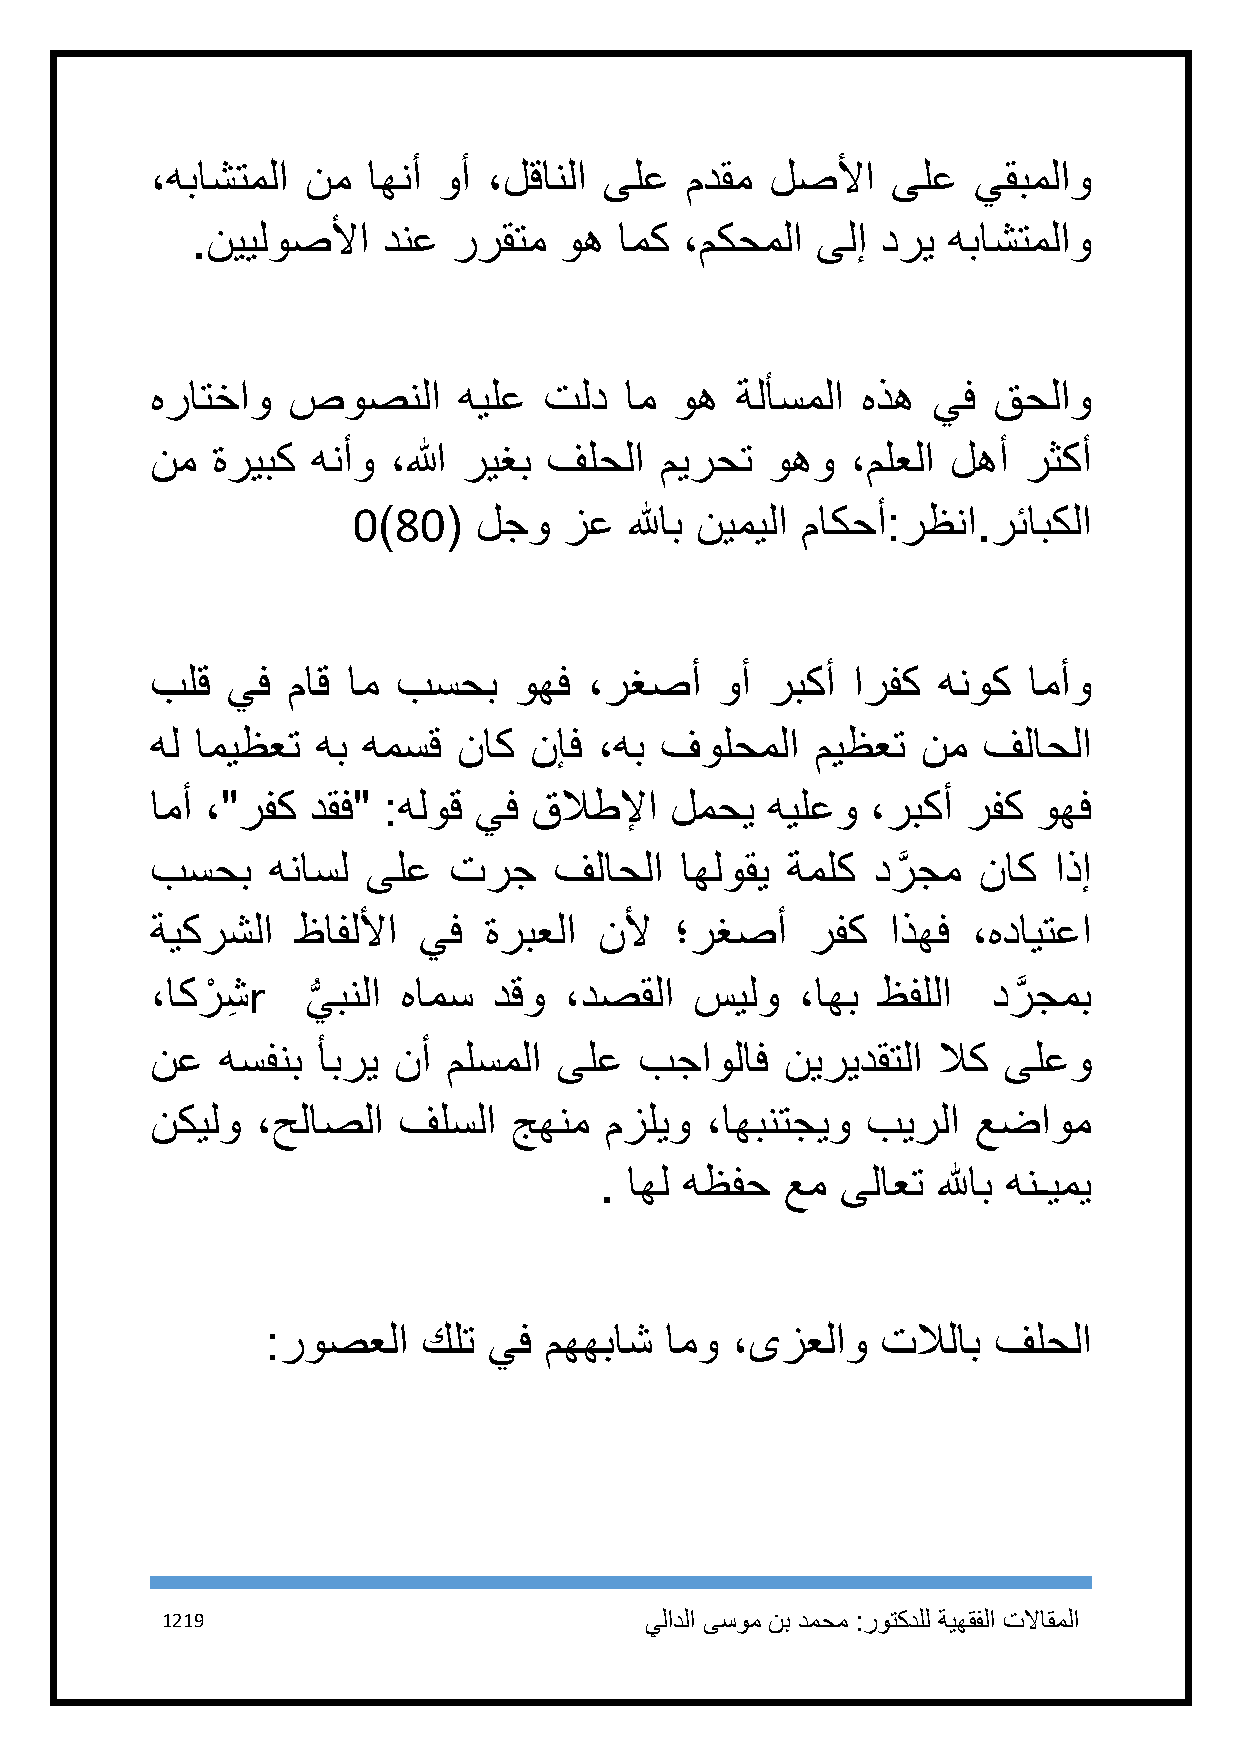
،هباشتملا نم  اهنأ وأ ،لقانلا ىلع  مدقم  لصلأا   ىلع  يقبملاو
 .نييلوصلأا  دنع  ررقتم  وه  امك ،مكحملا  ىلإ دري  هباشتملاو
 هراتخاو  صوصنلا     هيلع  تلد  ام  وه  ةلأسملا هذه  يف  قحلاو
 نم  ةريبك  هنأو ،الله ريغب فلحلا  ميرحت  وهو  ،ملعلا لهأ  رثكأ
 1)81(    لجو  زع   للهاب نيميلا ماكحأ:رظنا.رئابكلا
 بلق  يف  ماق ام بسحب    وهف  ،رغصأ    وأ ربكأ ارفك  هنوك  امأو
 هل اميظعت  هب همسق  ناك  نإف  ،هب فولحملا   ميظعت  نم  فلاحلا
 امأ ،"رفك دقف" :هلوق يف  قلاطلإا  لمحي   هيلعو  ،ربكأ رفك  وهف
 بسحب    هناسل ىلع   ترج    فلاحلا  اهلوقي ةملك  درَّ جم ناك اذإ
 ةيكرشلا   ظافللأا يف  ةربعلا  نلأ  ؛رغصأ    رفك  اذهف ،هدايتعا
 ،اكرْ شِ r ي
 ُّ
 بنلا هامس  دقو ،دصقلا   سيلو   ،اهب ظفللا   درَّ جمب
 نع  هسفنب  أبري نأ  ملسملا ىلع  بجاولاف   نيريدقتلا لاك ىلعو
 نكيلو  ،حلاصلا  فلسلا   جهنم  مزليو  ،اهبنتجيو بيرلا   عضاوم
 . اهل هظفح  عم  ىلاعت للهاب هنـيمي
 :روصعلا   كلت يف  مههباش  امو ،ىزعلاو   تلالاب  فلحلا
 1219                            يلادلا ىسوم نب دمحم :روتكدلل ةيهقفلا تلااقملا